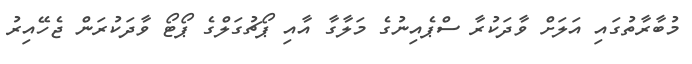
މުބާރާތުގައި އަލަށް ވާދަކުރާ ސްޕެއިނުގެ މަލާގާ އާއި ޕޯޗުގަލްގެ ޕޯޓޯ ވާދަކުރަން ޖެހޭއިރު